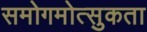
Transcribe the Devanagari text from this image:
समोगमोत्सुकता